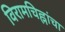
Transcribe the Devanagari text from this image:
विरामचिह्नांचा